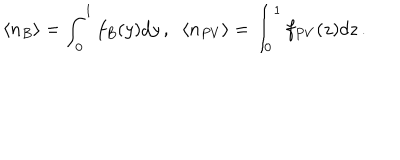
\langle n _ { B } \rangle = \int _ { 0 } ^ { 1 } f _ { B } ( y ) d y \, , \; \; \langle n _ { P V } \rangle = \int _ { 0 } ^ { 1 } f _ { P V } ( z ) d z \, .